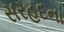
સરહદના